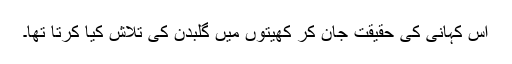
اس کہانی کی حقیقت جان کر کھیتوں میں گلبدن کی تلاش کیا کرتا تھا۔